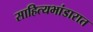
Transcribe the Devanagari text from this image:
साहित्यभांडारात